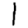
Digit: 1